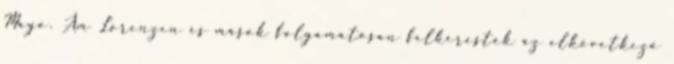
Mayo. Ám Lorenzen és mások folyamatosan felkeresték az elkövetkező